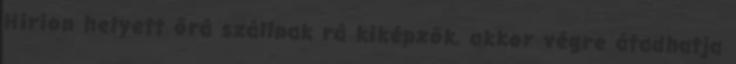
Hirion helyett őrá szállnak rá kiképzők, akkor végre átadhatja